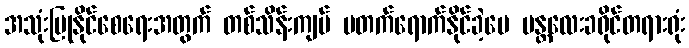
အသုံးပြုနိုင်စေရေးအတွက် တစ်သိန်းကျပ် မတက်ရောက်နိုင်ခဲ့ပေ မန္တလေးခရိုင်တရားရုံး